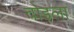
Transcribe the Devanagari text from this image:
वोइला